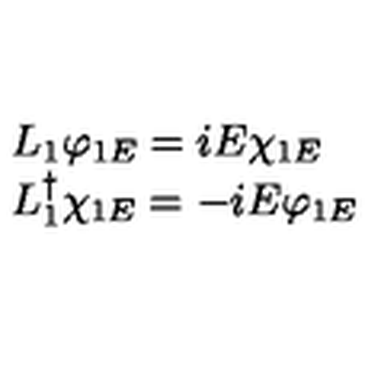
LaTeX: \begin{array} { l } { L _ { 1 } \varphi _ { 1 E } = i E \chi _ { 1 E } } \\ { L _ { 1 } ^ { \dag } \chi _ { 1 E } = - i E \varphi _ { 1 E } } \\ \end{array}